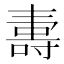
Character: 夀